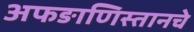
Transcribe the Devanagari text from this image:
अफङाणिस्तानचे